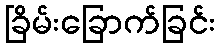
ခြိမ်းခြောက်ခြင်း